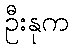
ဦးနုက